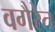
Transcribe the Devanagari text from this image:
वगैरेत